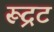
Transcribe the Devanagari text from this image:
रूद्रट